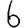
Digit: 6